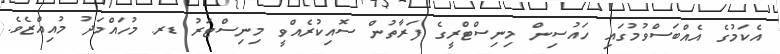
އެކަމުގެ އެއްބަސްވުމުގައި ހައުސިން މިނިސްޓްރީގެ ފަރާތުން ސޮއިކުރެއްވީ މިނިސްޓަރު ޑރ. މުހައްމަދު މުއިއްޒެވެ.